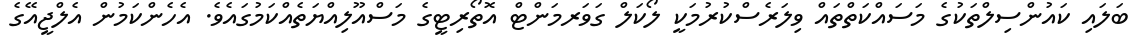
ބަލައި ކައުންސިލްތަކުގެ މަސައްކަތްތައް ވިލަރެސްކުރުމަކީ ލޯކަލް ގަވަރމަންޓް އޮތޯރިޓީގެ މަސްއޫލިއްޔަތެއްކަމުގައެވެ. އެހެންކަމުން އެލްޖީއޭގެ